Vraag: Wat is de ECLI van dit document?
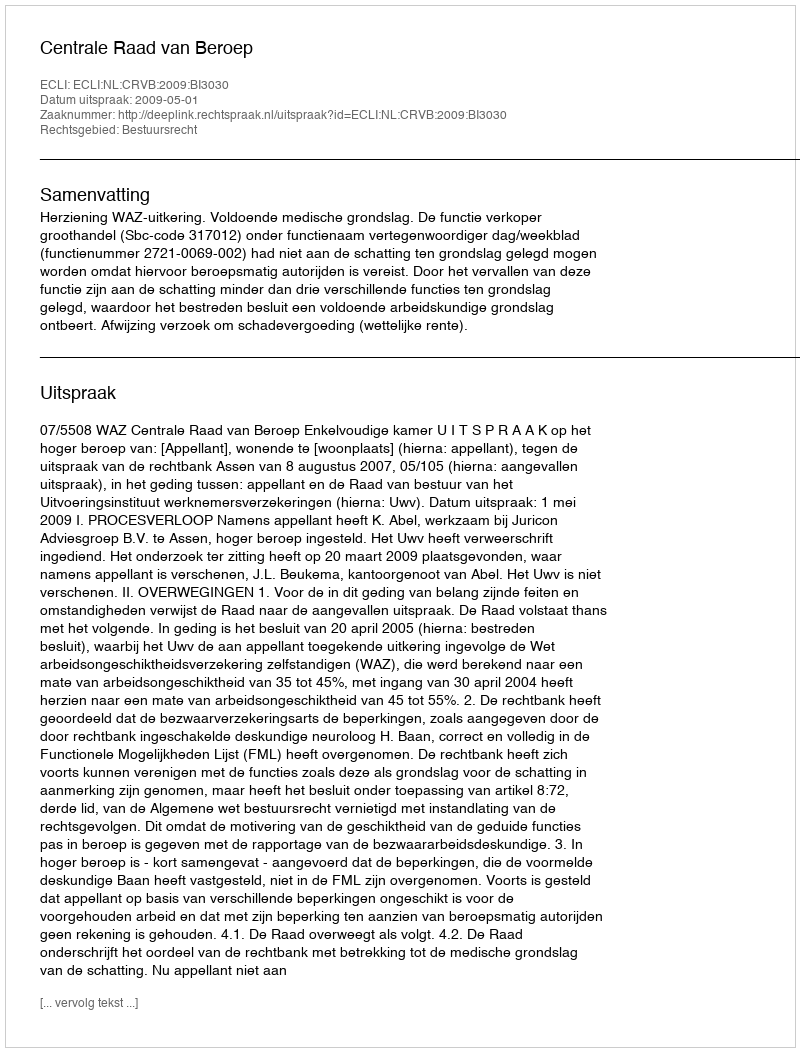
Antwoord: ECLI:NL:CRVB:2009:BI3030